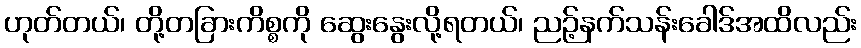
ဟုတ်တယ်၊ တို့တခြားကိစ္စကို ဆွေးနွေးလို့ရတယ်၊ ညဉ့်နက်သန်းခေါဒ်အထိလည်း